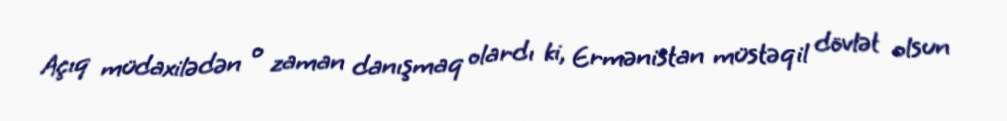
Açıq müdaxilədən o zaman danışmaq olardı ki, Ermənistan müstəqil dövlət olsun